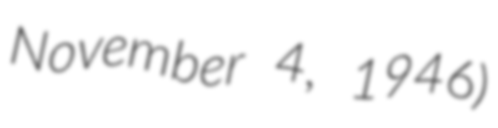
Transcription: November 4, 1946)